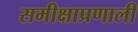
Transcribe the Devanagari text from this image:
समीक्षाप्रणाली